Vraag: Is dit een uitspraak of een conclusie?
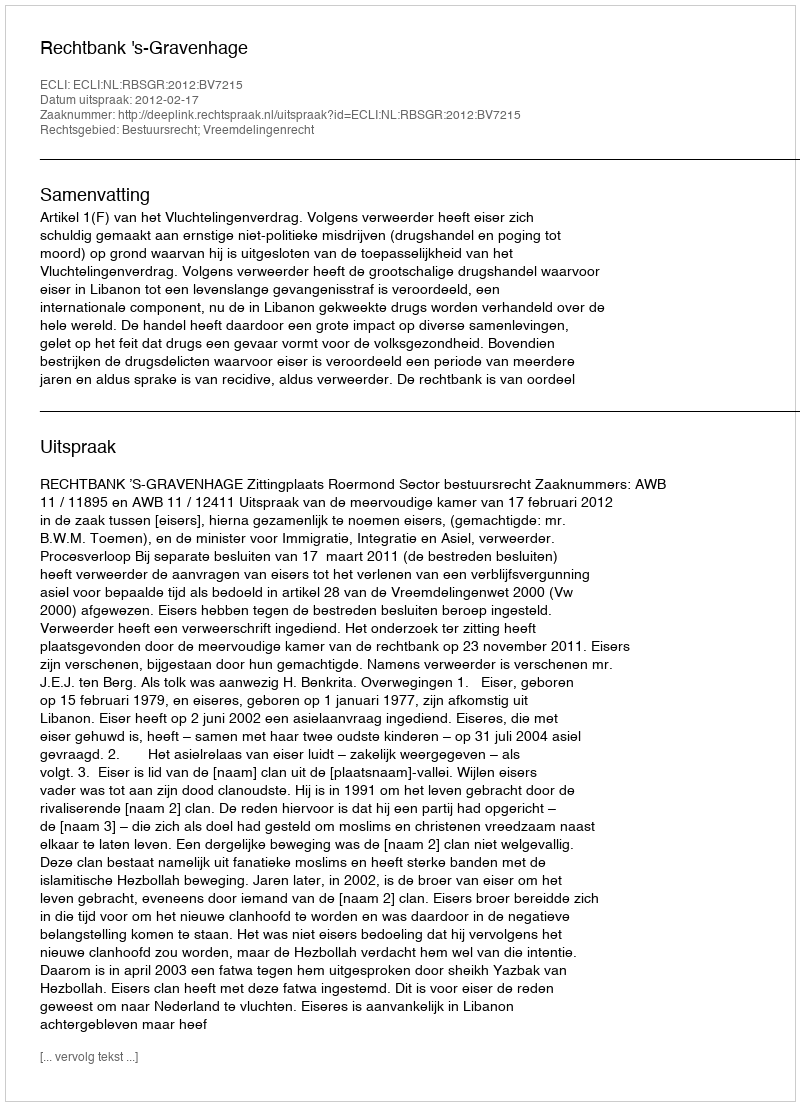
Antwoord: Uitspraak